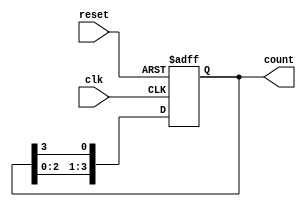
module async_ring_counter (
    input wire clk,          // Clock input
    input wire reset,        // Asynchronous reset input
    output reg [N-1:0] count // Output count (N-bit wide)
);
    parameter N = 4; // Number of bits in the ring counter

    // Initial state setup
    initial begin
        count = 1'b1; // Initialize to 0001 for a 4-bit counter
    end

    // Asynchronous reset and state transition
    always @(posedge clk or posedge reset) begin
        if (reset) begin
            count <= 1'b1; // Reset to 0001
        end else begin
            count <= {count[N-2:0], count[N-1]}; // Shift left with feedback
        end
    end
endmodule